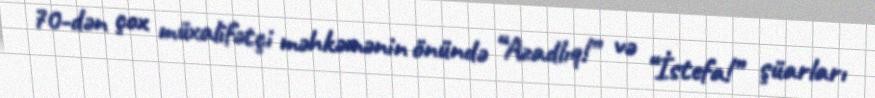
70-dən çox müxalifətçi məhkəmənin önündə “Azadlıq!” və “İstefa!” şüarları